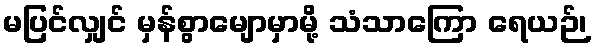
မပြင်လျှင် မှန်စွာမျောမှာမို့ သံသာကြော ရေယဉ်၊